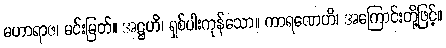
မဟာရာဇ၊ မင်းမြတ်။ အဋ္ဌဟိ၊ ရှစ်ပါးကုန်သော။ ကာရဏေဟိ၊ အကြောင်းတို့ဖြင့်။